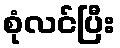
စုံလင်ပြီး